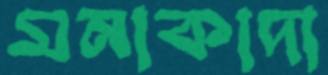
মনাকাদা